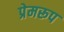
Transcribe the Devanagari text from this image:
प्रेमरूप